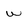
Character: w